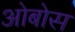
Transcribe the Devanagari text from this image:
ओबोस